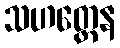
သဟတ္ထေန